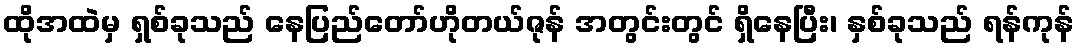
ထိုအထဲမှ ရှစ်ခုသည် နေပြည်တော်ဟိုတယ်ဇုန် အတွင်းတွင် ရှိနေပြီး၊ နှစ်ခုသည် ရန်ကုန်